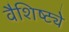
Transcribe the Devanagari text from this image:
वैशिष्ट्येेे